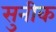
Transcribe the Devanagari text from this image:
सुनीक